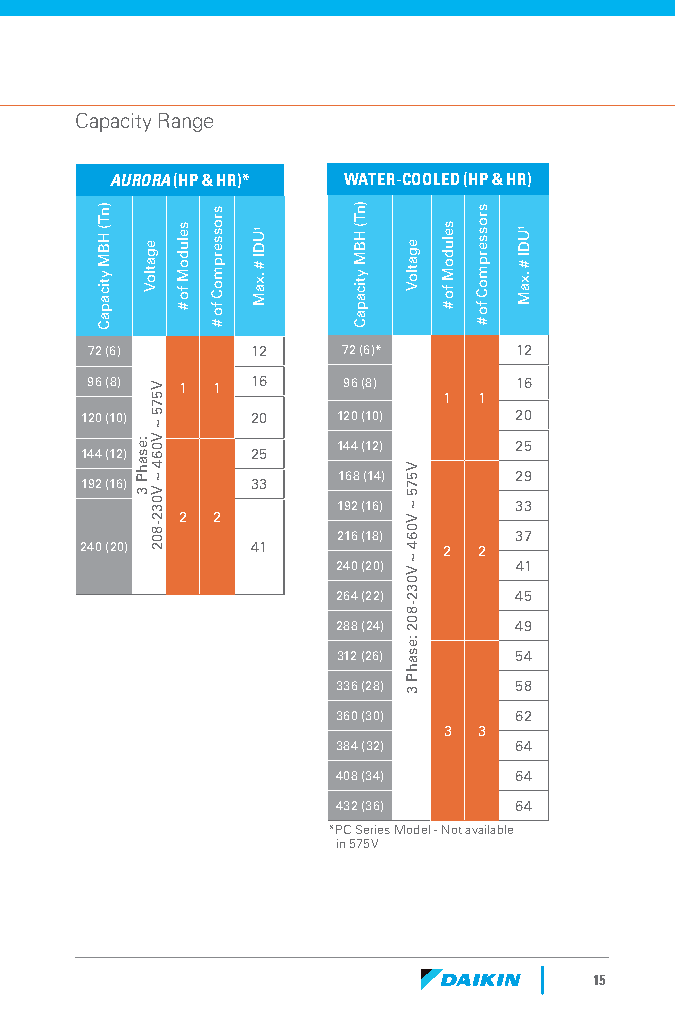
Capacity Range
 AURORA (HP & HR)* WATER-COOLED (HP & HR)
 72 (6)     12    72 (6)*    12
 96 (8) 1 1 16    96 (8)     16
 1  1
 120 (10)    20   120 (10)    20
 144 (12)    25
 144 (12)    25
 168 (14)    29
 192 (16)    33
 192 (16)    33
 2 2
 216 (18)    37
 240 (20)    41          2  2
 240 (20)    41
 264 (22)    45
 288 (24)    49
 312 (26)    54
 336 (28)    58
 360 (30)    62
 3  3
 384 (32)    64
 408 (34)    64
 432 (36)    64
 *PC Series Model - Not available
 in 575V
 15
 )nT(
 HBM
 yticapaC
 :esahP
 3
 egatloV
 V575
 ~
 V064
 ~
 V032-802
 seludoM
 fo
 #
 srosserpmoC
 fo
 #
 1UDI
 #
 .xaM
 )nT(
 HBM
 yticapaC
 egatloV
 V575
 ~
 V064
 ~
 V032-802
 :esahP
 3
 seludoM
 fo
 #
 srosserpmoC
 fo
 #
 1UDI
 #
 .xaM